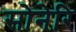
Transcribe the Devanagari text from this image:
सोनेरि